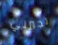
تجبرني